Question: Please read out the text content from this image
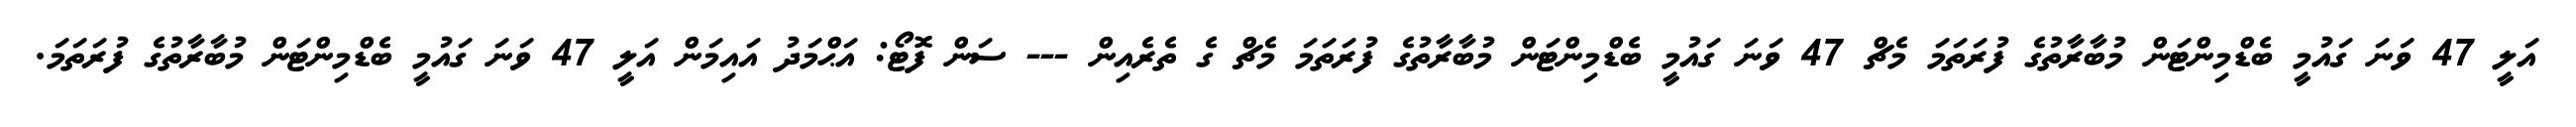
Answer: އަލީ 47 ވަނަ ގައުމީ ބެޑްމިންޓަން މުބާރާތުގެ ފުރަތަމަ މެޗް 47 ވަނަ ގައުމީ ބެޑްމިންޓަން މުބާރާތުގެ ފުރަތަމަ މެޗް ގެ ތެރެއިން --- ސަން ފޮޓޯ: އަޙްމަދު އައިމަން އަލީ 47 ވަނަ ގައުމީ ބެޑްމިންޓަން މުބާރާތުގެ ފުރަތަމަ.